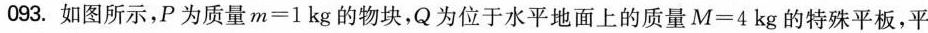
093.如图所示，P为质量$$m = 1$$ kg的物块，Q为位于水平地面上的质量$$M = 4$$kg的特殊平板，平